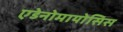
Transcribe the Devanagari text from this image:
एडेनोमायोसिस